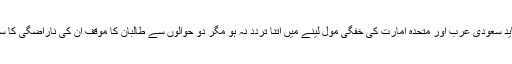
طالبان کو شاید سعودی عرب اور متحدہ امارت کی خفگی مول لینے میں اتنا تردد نہ ہو مگر دو حوالوں سے طالبان کا موقف ان کی ناراضگی کا سبب بنے گا ۔